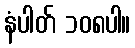
နံပါတ် ၁၀၈ပါ။